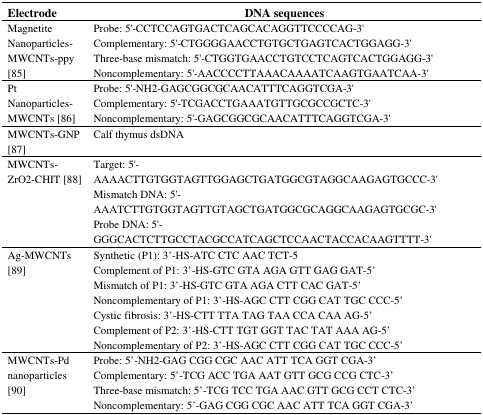
<table><thead><tr><td><b>Electrode</b></td><td><b>DNA sequences</b></td></tr></thead><tbody><tr><td rowspan="4">Magnetite Nanoparticles-MWCNTs-ppy [85]</td><td>Probe: 5′-CCTCCAGTGACTCAGCACAGGTTCCCCAG-3′</td></tr><tr><td>Complementary: 5′-CTGGGGAACCTGTGCTGAGTCACTGGAGG-3′</td></tr><tr><td>Three-base mismatch: 5′-CTGGTGAACCTGTCCTCAGTCACTGGAGG-3′</td></tr><tr><td>Noncomplementary: 5′-AACCCCTTAAACAAAATCAAGTGAATCAA-3′</td></tr><tr><td rowspan="3">Pt Nanoparticles-MWCNTs [86]</td><td>Probe: 5′-NH2-GAGCGGCGCAACATTTCAGGTCGA-3′</td></tr><tr><td>Complementary: 5′-TCGACCTGAAATGTTGCGCCGCTC-3′</td></tr><tr><td>Noncomplementary: 5′-GAGCGGCGCAACATTTCAGGTCGA-3′</td></tr><tr><td>MWCNTs-GNP [87]</td><td>Calf thymus dsDNA</td></tr><tr><td rowspan="3">MWCNTs-ZrO2-CHIT [88]</td><td>Target: 5′-AAAACTTGTGGTAGTTGGAGCTGATGGCGTAGGCAAGAGTGCCC-3′</td></tr><tr><td>Mismatch DNA: 5′-AAATCTTGTGGTAGTTGTAGCTGATGGCGCAGGCAAGAGTGCGC-3′</td></tr><tr><td>Probe DNA: 5′-GGGCACTCTTGCCTACGCCATCAGCTCCAACTACCACAAGTTTT-3′</td></tr><tr><td rowspan="7">Ag-MWCNTs [89]</td><td>Synthetic (P1): 3′-HS-ATC CTC AAC TCT-5</td></tr><tr><td>Complement of P1: 3′-HS-GTC GTA AGA GTT GAG GAT-5′</td></tr><tr><td>Mismatch of P1: 3′-HS-GTC GTA AGA CTT CAC GAT-5′</td></tr><tr><td>Noncomplementary of P1: 3′-HS-AGC CTT CGG CAT TGC CCC-5′</td></tr><tr><td>Cystic fibrosis: 3′-HS-CTT TTA TAG TAA CCA CAA AG-5′</td></tr><tr><td>Complement of P2: 3′-HS-CTT TGT GGT TAC TAT AAA AG-5′</td></tr><tr><td>Noncomplementary of P2: 3′-HS-AGC CTT CGG CAT TGC CCC-5′</td></tr><tr><td rowspan="4">MWCNTs-Pd nanoparticles [90]</td><td>Probe: 5′-NH2-GAG CGG CGC AAC ATT TCA GGT CGA-3′</td></tr><tr><td>Complementary: 5′-TCG ACC TGA AAT GTT GCG CCG CTC-3′</td></tr><tr><td>Three-base mismatch: 5′-TCG TCC TGA AAC GTT GCG CCT CTC-3′</td></tr><tr><td>Noncomplementary: 5′-GAG CGG CGC AAC ATT TCA GGT CGA-3′</td></tr></tbody></table>